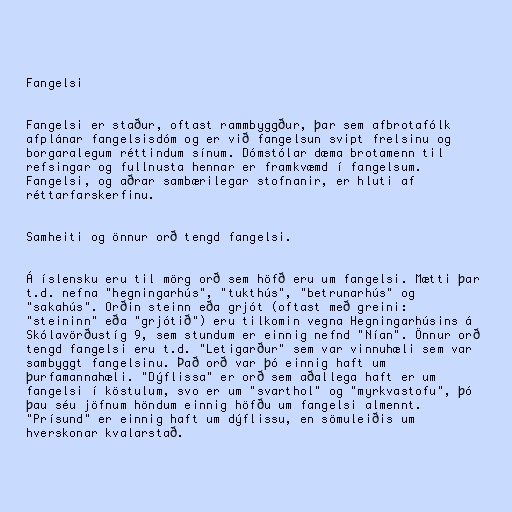
Fangelsi

Fangelsi er staður, oftast rammbyggður, þar sem afbrotafólk
afplánar fangelsisdóm og er við fangelsun svipt frelsinu og
borgaralegum réttindum sínum. Dómstólar dæma brotamenn til
refsingar og fullnusta hennar er framkvæmd í fangelsum.
Fangelsi, og aðrar sambærilegar stofnanir, er hluti af
réttarfarskerfinu.

Samheiti og önnur orð tengd fangelsi.

Á íslensku eru til mörg orð sem höfð eru um fangelsi. Mætti þar
t.d. nefna "hegningarhús", "tukthús", "betrunarhús" og
"sakahús". Orðin steinn eða grjót (oftast með greini:
"steininn" eða "grjótið") eru tilkomin vegna Hegningarhúsins á
Skólavörðustíg 9, sem stundum er einnig nefnd "Nían". Önnur orð
tengd fangelsi eru t.d. "Letigarður" sem var vinnuhæli sem var
sambyggt fangelsinu. Það orð var þó einnig haft um
þurfamannahæli. "Dýflissa" er orð sem aðallega haft er um
fangelsi í köstulum, svo er um "svarthol" og "myrkvastofu", þó
þau séu jöfnum höndum einnig höfðu um fangelsi almennt.
"Prísund" er einnig haft um dýflissu, en sömuleiðis um
hverskonar kvalarstað.